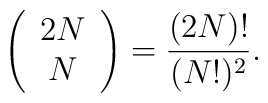
\left( \begin{array}{c} 2N \\ N \end{array} \right) = \frac{(2N)!}{(N!)^2}.